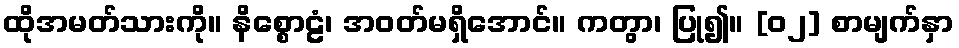
ထိုအမတ်သားကို။ နိစ္စောဠံ၊ အဝတ်မရှိအောင်။ ကတွာ၊ ပြု၍။ [၀၂] စာမျက်နှာ